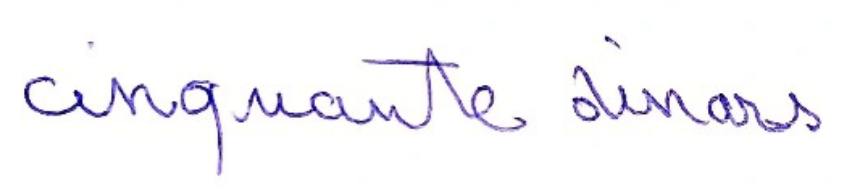
cinquante dinars